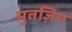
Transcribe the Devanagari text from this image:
मुतज़िग